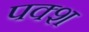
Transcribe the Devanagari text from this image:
पक्श